Lunatic asylums Punjab 1868-1880 - 1868-1880
Year: 1868
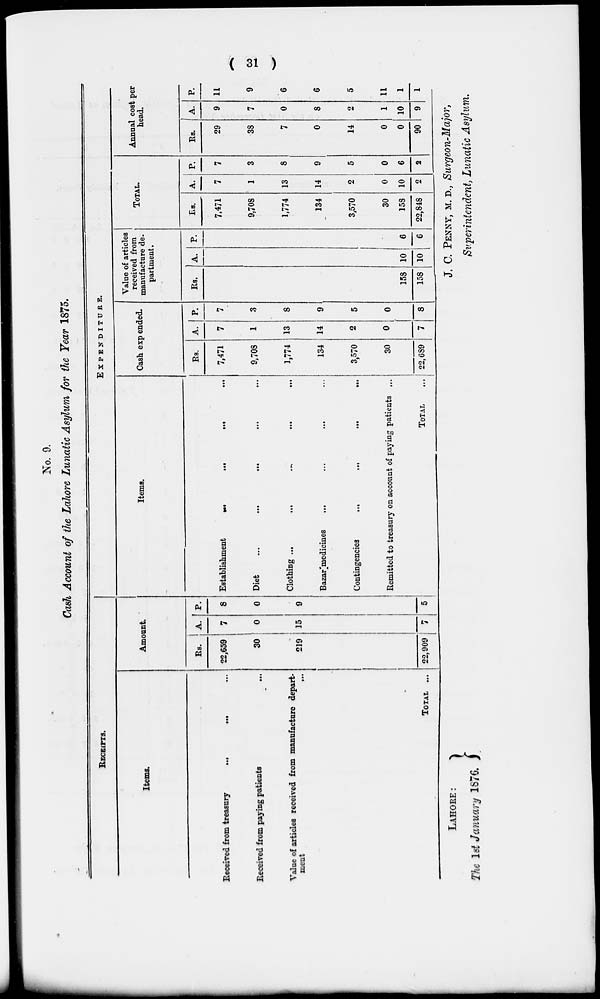
( 31 )
No. 9.
Cash Account of the Lahore Lunatic Asylum for the Year 1875.
RECEIPTS.
Items.
Received from treasury
...
... ...
Received from paying patients ...
Value of articles received from manufacture depart-
ment
...
TOTAL ...
Amount.
Rs.
22,659
30
219
22,909
A.
7
0
15
7
P.
8
0
9
5
Items.
Establishment
...
...
...
Diet
...
...
... ... ...
Clothing ...
...
...
...
...
Bazar medicines ... ... ... ...
Contingencies ... ... ... ...
Remitted to treasury on account of paying patients ...
Total ...
EXPENDITURE.
Cash expended.
Rs.
7,471
9,708
1,774
134
3,570
30
22,689
A.
7
1
13
14
2
0
7
P.
7
3
8
9
5
0
8
Value of articles
received from
manufacture de-
partment.
Rs.
158
158
A.
10
10
P.
6
6
TOTAL.
Rs.
7,471
9,708
1,774
134
3,570
30
158
22,848
A.
7
1
13
14
2
0
10
2
P.
7
3
8
9
5
0
6
2
Annual cost per
head.
Rs.
29
38
7
0
14
0
0
90
A.
9
7
0
8
2
1
10
9
P.
11
9
6
6
5
11
1
1
LAHORE:
The 1st January 1876.
J. C. PENNY, M. D., Surgeon-Major,
Superintendent, Lunatic Asylum.